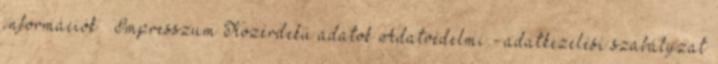
információk » Impresszum Közérdekű adatok Adatvédelmi - adatkezelési szabályzat